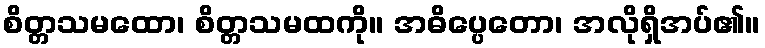
စိတ္တသမထော၊ စိတ္တသမထကို။ အဓိပ္ပေတော၊ အလိုရှိအပ်၏။